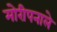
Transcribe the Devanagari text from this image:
मोरीपनाले